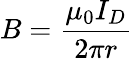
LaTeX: B={\frac{\mu_{0}I_{D}}{2\pi r}}